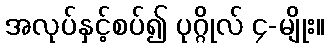
အလုပ်နှင့်စပ်၍ ပုဂ္ဂိုလ် ၄-မျိုး။